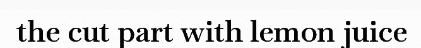
the cut part with lemon juice